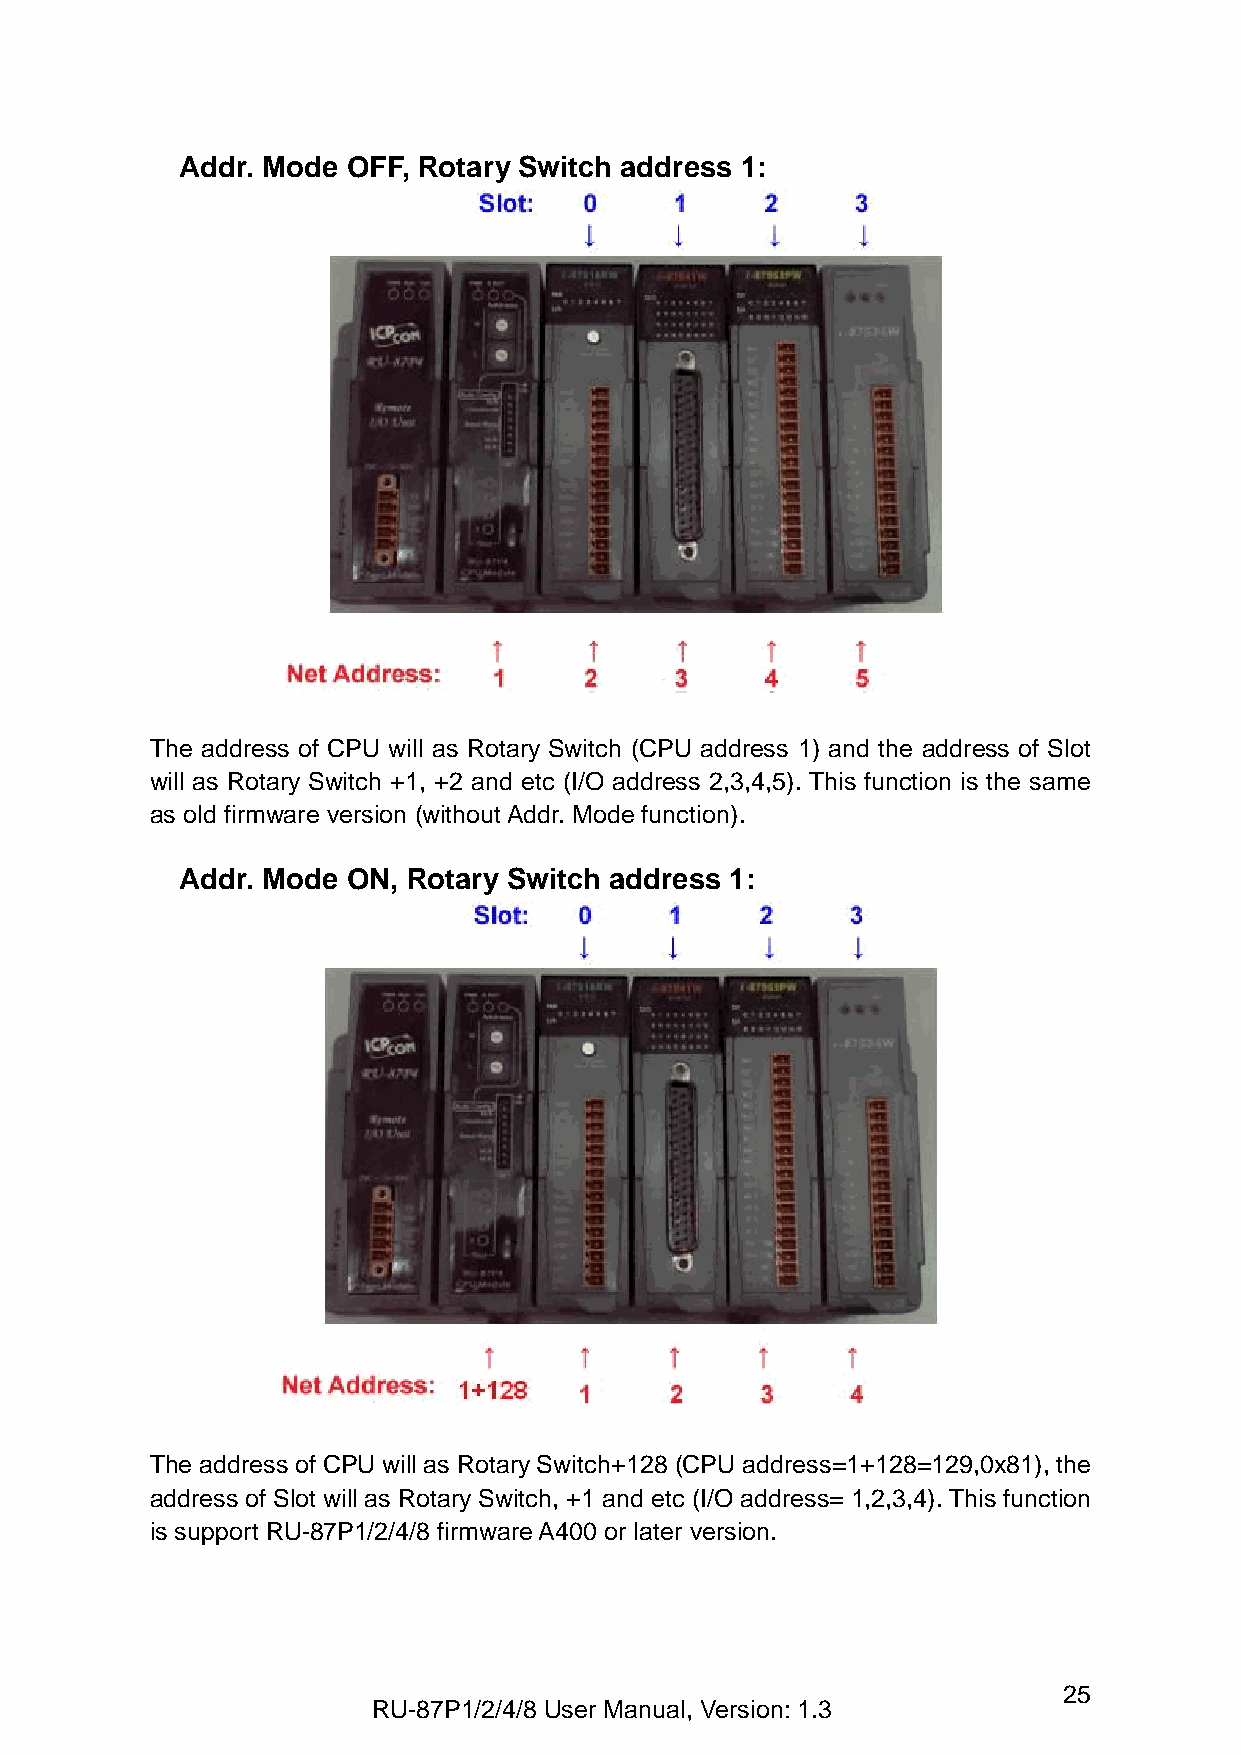
Addr. Mode OFF, Rotary Switch address 1:
 The address of CPU will as Rotary Switch (CPU address 1) and the address of Slot
 will as Rotary Switch +1, +2 and etc (I/O address 2,3,4,5). This function is the same
 as old firmware version (without Addr. Mode function).
 Addr. Mode ON, Rotary Switch address 1:
 The address of CPU will as Rotary Switch+128 (CPU address=1+128=129,0x81), the
 address of Slot will as Rotary Switch, +1 and etc (I/O address= 1,2,3,4). This function
 is support RU-87P1/2/4/8 firmware A400 or later version.
 25
 RU-87P1/2/4/8 User Manual, Version: 1.3